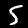
Label: 5